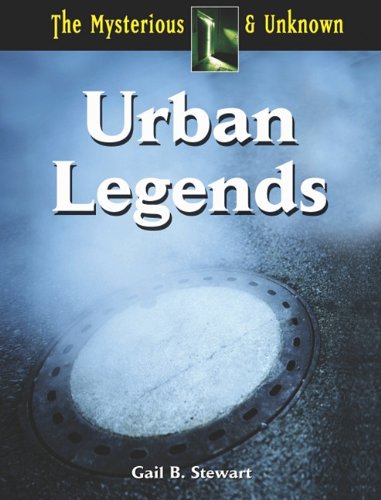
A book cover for Urban Legends (The Mysterious & Unknown); Gail Stewart; Humor & Entertainment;